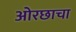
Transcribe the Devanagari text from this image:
ओरछाचा